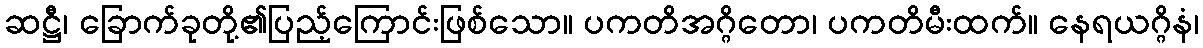
ဆဋ္ဌီ၊ ခြောက်ခုတို့၏ပြည့်ကြောင်းဖြစ်သော။ ပကတိအဂ္ဂိတော၊ ပကတိမီးထက်။ နေရယဂ္ဂိနံ၊